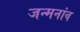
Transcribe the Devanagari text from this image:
जन्मनांव